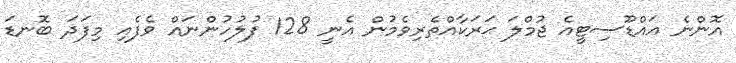
އޮންނެ އައްޑޫސިޓީއެ ޖުމްލަ ޙަރަކާއްތެރިވެމުން އެނީ 128 ފުލުހުންނައް ވެފެއި މިފަދަ ބޮނޑަ